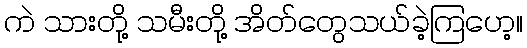
ကဲ သားတို့ သမီးတို့ အိတ်တွေသယ်ခဲ့ကြဟေ့။